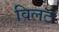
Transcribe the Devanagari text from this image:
विलट